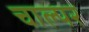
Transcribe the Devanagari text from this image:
चाल्पर